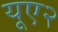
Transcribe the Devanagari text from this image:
यूए२